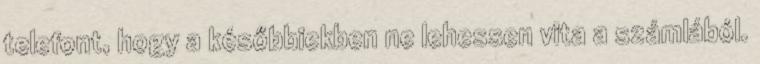
telefont, hogy a későbbiekben ne lehessen vita a számlából.